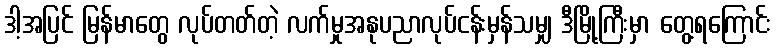
ဒါ့အပြင် မြန်မာတွေ လုပ်တတ်တဲ့ လက်မှုအနုပညာလုပ်ငန်းမှန်သမျှ ဒီမြို့ကြီးမှာ တွေ့ရကြောင်း